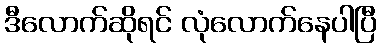
ဒီလောက်ဆိုရင် လုံလောက်နေပါပြီ